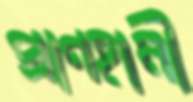
প্রাণহানী